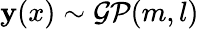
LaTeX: \mathbf{y}(x)\sim{\mathcal{{GP}}}(m,l)